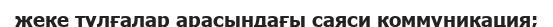
жеке түлғалар арасындағы саяси коммуникация;